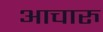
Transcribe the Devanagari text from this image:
आचारु